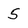
Character: 5